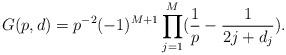
LaTeX: \begin{align*} G(p,d)=p^{-2} (-1)^{M+1} \prod_{j=1}^M (\frac{1}{p} - \frac{1}{2j + d_j}).\end{align*}